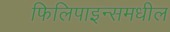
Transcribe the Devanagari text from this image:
फिलिपाइन्समधील